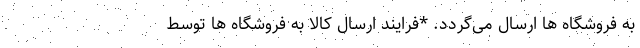
به فروشگاه ها ارسال می­گردد. *فرایند ارسال کالا به فروشگاه ها توسط